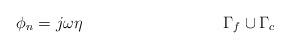
LaTeX: \begin{align*} \phi_n &= j\omega\eta &\Gamma_f\cup\Gamma_c\end{align*}